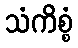
သံကိစ္စံ